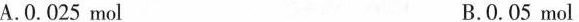
A. 0.025 mol B.0.05 mol